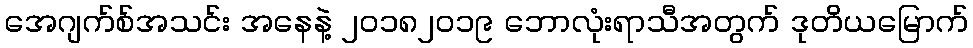
အေဂျက်စ်အသင်း အနေနဲ့ ၂၀၁၈၂၀၁၉ ဘောလုံးရာသီအတွက် ဒုတိယမြောက်